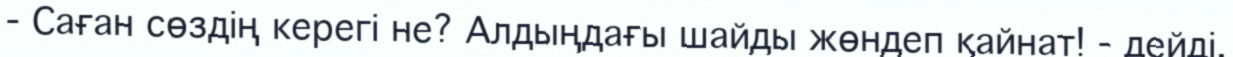
-	Саған сөздің керегі не? Алдыңдағы шайды жөндеп қайнат! - дейді.